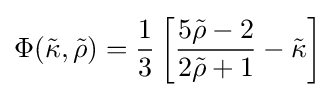
\Phi ({\tilde {\kappa }},{\tilde {\rho }})={1 \over 3}\left[{5{\tilde {\rho }}-2 \over 2{\tilde {\rho }}+1}-{\tilde {\kappa }}\right]